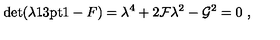
\det ( \lambda { \leavevmode \mathrm { \small 1 \kern - 3 . 3 p t \normalsize 1 } } - F ) = \lambda ^ { 4 } + 2 { \cal F } \lambda ^ { 2 } - { \cal G } ^ { 2 } = 0 \ ,